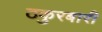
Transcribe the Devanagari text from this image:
ठकुरबारी